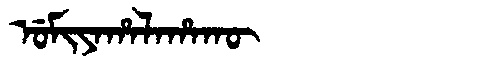
Manchu: ᡠᠮᡳᠶᠠᡥᠠᠯᠠᡥᠠᡴᡡ
Romanization: UMIYAHALAHAKŪ